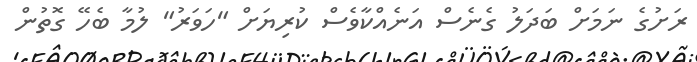
ރަށުގެ ނަމަށް ބަދަލު ގެނެސް އަނެއްކާވެސް ކުރިޔަށް "ހަވަރު" ލުމާ ބެހޭ ގޮތުން